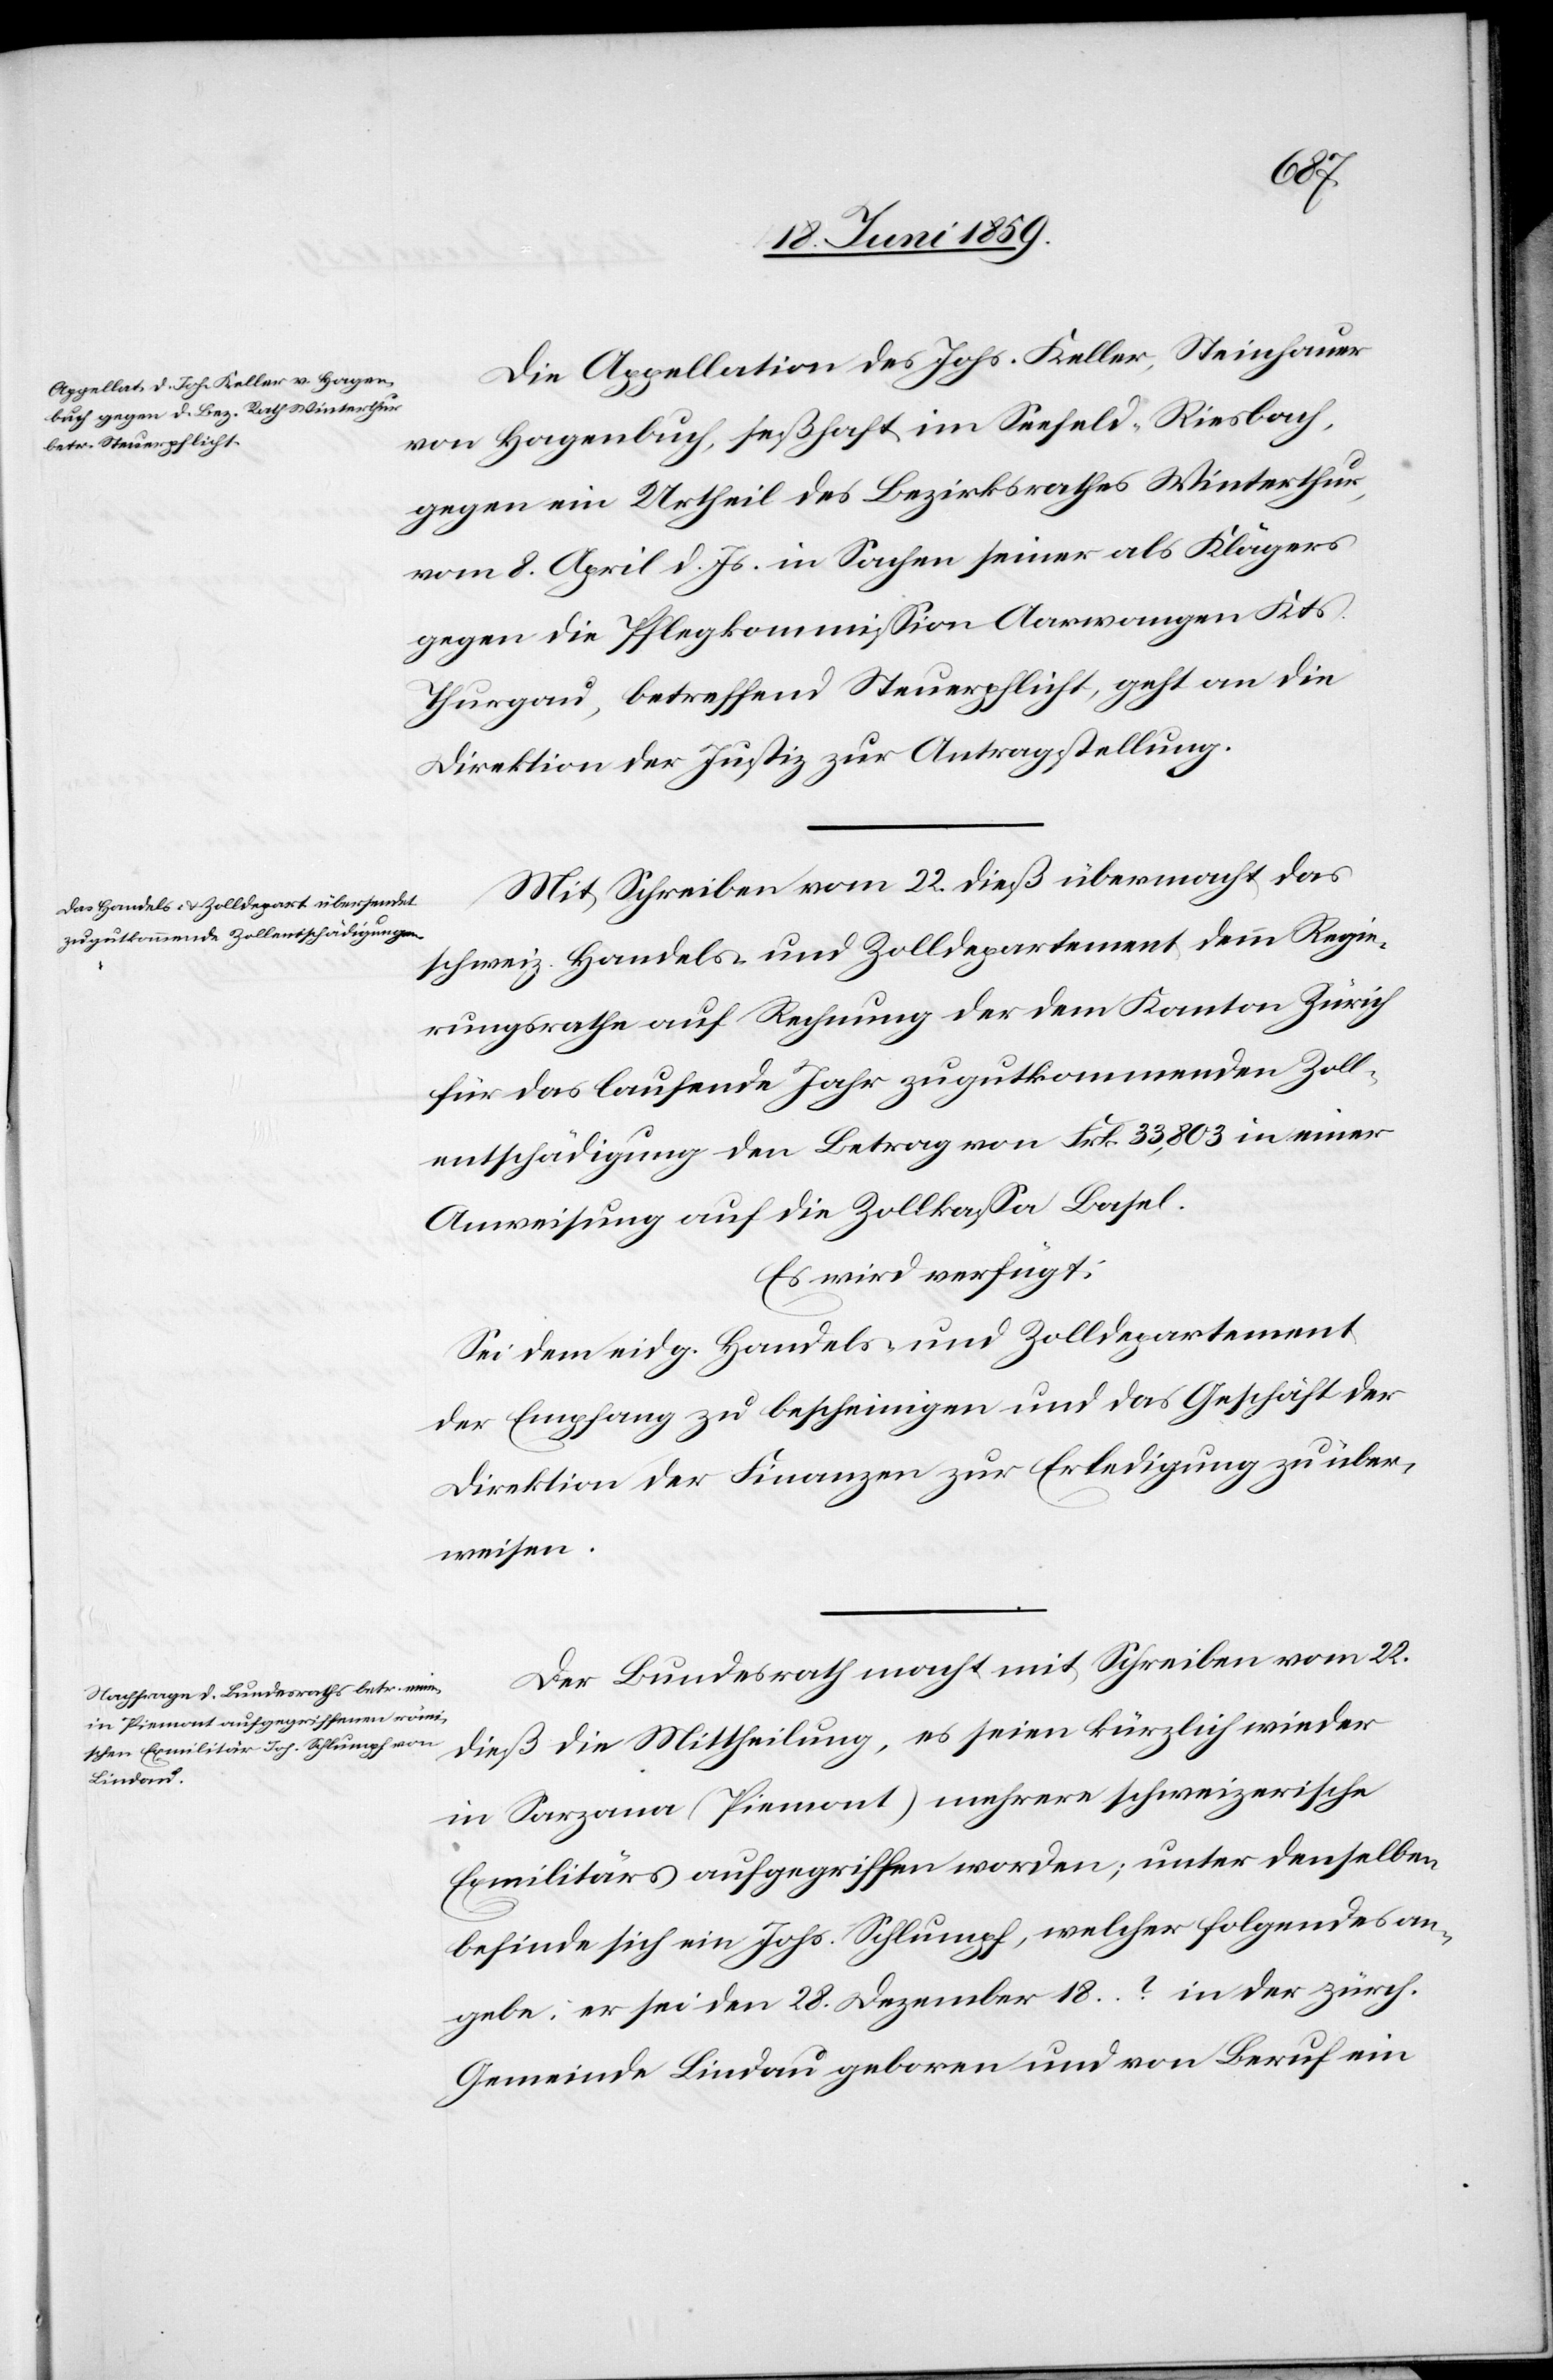
Actum
24. Juni 1859.]
Die Appellation des Johs. Keller, Steinhauer
von Hagenbuch, seßhaft im Seefeld-Riesbach,
gegen ein Urtheil des Bezirksrathes Winterthur
vom 8. April d. Js. in Sachen seiner als Klägers
gegen die Pflegkommission Aarwangen Kts.
Thurgau, betreffend Steuerpflicht, geht an die
Direktion der Justiz zur Antragstellung.
Mit Schreiben vom 22. dieß übermacht das
schweiz. Handels- und Zolldepartement dem Regie¬
rungsrathe auf Rechnung der dem Kanton Zürich
für das laufende Jahr zugutkommende Zoll¬
entschädigung den Betrag von Frk 33,803 in einer
Ausweisung auf die Zollkasse Basel.
Es wird verfügt:
Sei dem eidg. Handels- und Zolldepartement
der Empfang zu bescheinigen und das Geschäft der
Direktion der Finanzen zur Erledigung zu über¬
weisen.
Der Bundesrath macht mit Schreiben vom 22.
dieß die Mittheilung, es seien kürzlich wieder
in Sarzana (Piemont) mehrere schweizerische
Exmilitärs aufgegriffen worden; unter denselben
befinde sich ein Johs. Schlumpf, welcher folgendes an¬
gebe: er sei den 28. Dezember 18…? in der zürch.
Gemeinde Lindau geboren und von Beruf ein